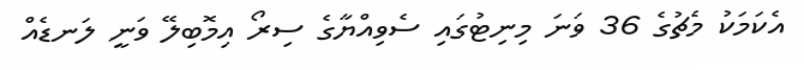
އެކަމަކު މެޗުގެ 36 ވަނަ މިނިޓުގައި ސެވިއްޔާގެ ސިރޯ އިމޮބިލޭ ވަނީ ލަނޑެއް